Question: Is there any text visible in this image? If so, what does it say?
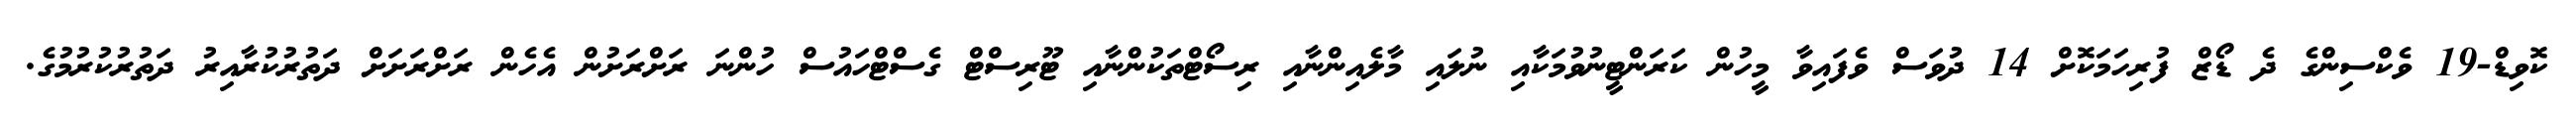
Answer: ކޮވިޑް-19 ވެކްސިންގެ ދެ ޑޯޒް ފުރިހަމަކޮށް 14 ދުވަސް ވެފައިވާ މީހުން ކަރަންޓީނުވުމަކާއި ނުލައި މާލެއިންނާއި ރިސޯޓްތަކުންނާއި ޓޫރިސްޓް ގެސްޓްހައުސް ހުންނަ ރަށްރަށުން އެހެން ރަށްރަށަށް ދަތުރުކުރާއިރު ދަތުރުކުރުމުގެ.